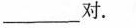
____对。